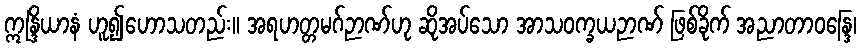
ဣန္ဒြိယာနံ ဟူ၍ဟောသတည်း။ အရဟတ္တမဂ်ဉာဏ်ဟု ဆိုအပ်သော အာသဝက္ခယဉာဏ် ဖြစ်ခိုက် အညာတာဝန္ဒြေ၊